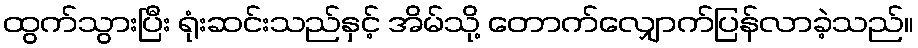
ထွက်သွားပြီး ရုံးဆင်းသည်နှင့် အိမ်သို့ တောက်လျှောက်ပြန်လာခဲ့သည်။